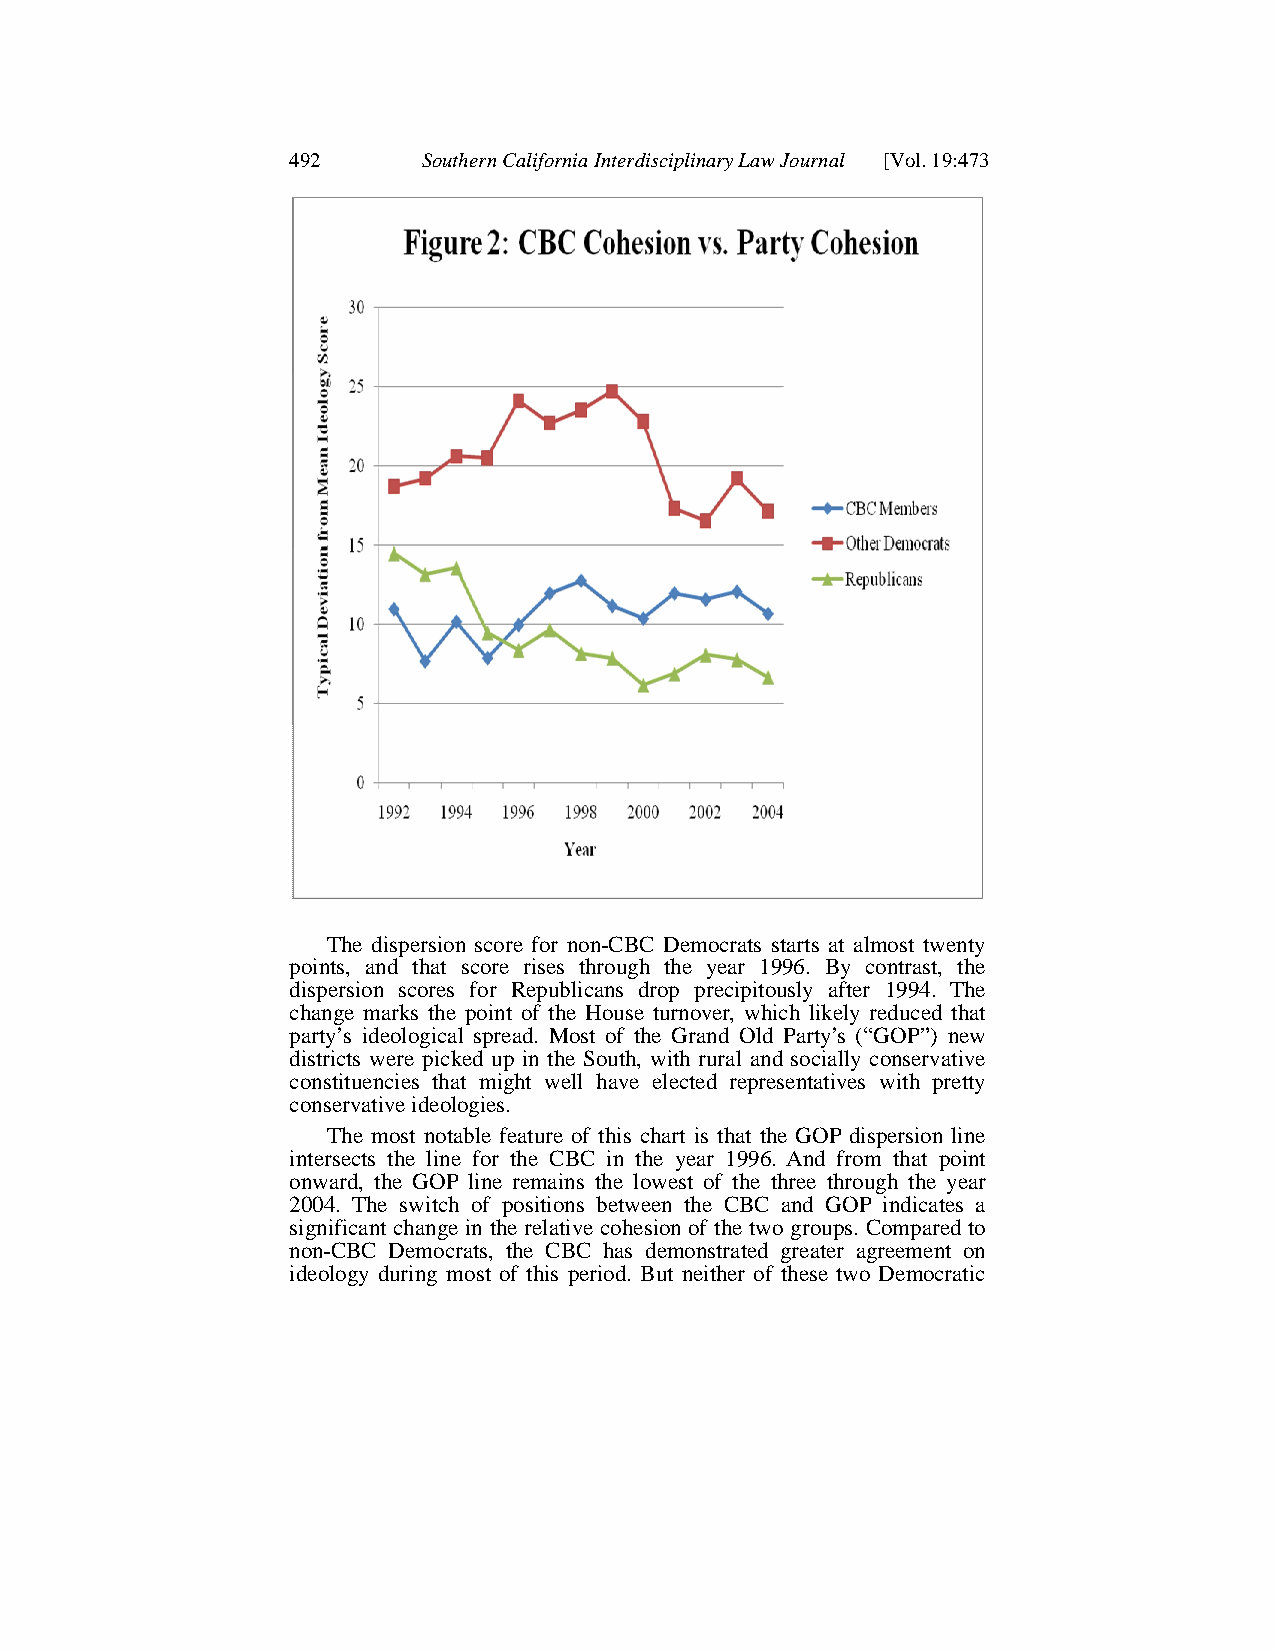
492      Southern California Interdisciplinary Law Journal [Vol. 19:473
 The dispersion score for non-CBC Democrats starts at almost twenty
 points, and that score rises through the year 1996. By contrast, the
 dispersion scores for Republicans drop precipitously after 1994. The
 change marks the point of the House turnover, which likely reduced that
 party’s ideological spread. Most of the Grand Old Party’s (“GOP”) new
 districts were picked up in the South, with rural and socially conservative
 constituencies that might well have elected representatives with pretty
 conservative ideologies.
 The most notable feature of this chart is that the GOP dispersion line
 intersects the line for the CBC in the year 1996. And from that point
 onward, the GOP line remains the lowest of the three through the year
 2004. The switch of positions between the CBC and GOP indicates a
 significant change in the relative cohesion of the two groups. Compared to
 non-CBC Democrats, the CBC has demonstrated greater agreement on
 ideology during most of this period. But neither of these two Democratic